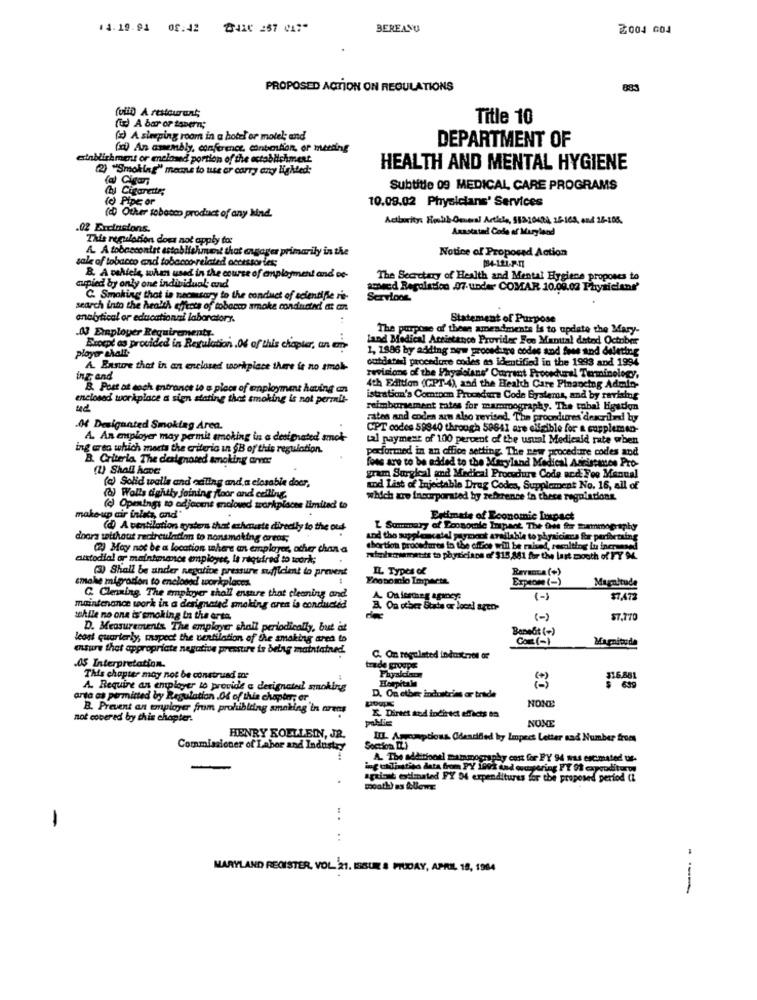
11.19.91 08:42 841( 257 017"
BEREANU
≥004 04
PROPOSED ACTION ON REGULATIONS
883
(olin) A restaurant;
Title 10
(ix) A bar or tabern;
() A sloping room in a hotel or motel; and
DEPARTMENT OF
(x) An amembly, conference. contention, or meeting
einblishment or enclosed portion of the octoblichment
(2) ""Smoking" means to use or carry en lighted:
HEALTH AND MENTAL HYGIENE
(al Cigar
Chy Cigarette;
Subtitle 09 MEDICAL CARE PROGRAMS
(o Pipe or
10.08.02 Physicians' Services
(& Other tobacco product of any kind.
Acıburity: Hrb&-Omeni Article, 51310408, 16-168, and 16-108.
.02 Ercinstons.
Axastatad Code of Maryland
This regulation does not apply to:
A. A tobacconist establishment that engager primarily in the
Notice of Proposed Action
sale of tobacco and tobacco-related accessories;
B. A vehicle, when used in the course of employment and co-
The Secretary of Health and Mental Hygiene proposes to
aurpied by only one individual; and
somed Regulation .07. under COMAR 10.09.02 Physicians'
C. Smoking that is neomsary to the conduct of scientifle ris-
Servicos
search into the health effects of tobacco smoke conducted at an
analytical or educational laboratory.
Statement of Purpose
03 Employer Requirements.
The purpose of these amendments is to update the Mary-
land Medical Attistance Provider For Manttal dated October
ployer ahalt
Except as provided in Regulation.Od of this chapter, an en-
1, 1886 by adding new procedure codes and free and deleting
outdated] procedure codes as identified in the 1993 and 1994
A. Ensure that in an enclosed workplace there is no amol-
ing and
winions of the Physicians' Current Prooshural Terminology,
B. Post at eoch entrance to a pleos of employment having an
4th Edition (CPT-4), and the Health Care Financing Admin-
enclosed workplace a sign stating that smoking is not permil-
istration's Comtoon Procedura Code Systems, and by revising
reimbursement rates for mammography. The tobal ligation
rates and coden aun also revised. The procedures described by
M Designated Smoking Area.
CPT codes 59840 through 59641 are olfaible for a cupplemen-
A. An anployer may permit smoking in a desipated amok
tal payment of 100 percent of the usual Medicaid rate when
ing area which morts the criteria in SB of this regulation.
podformed in an office setting The new procedure codes and
B. Criteria The designated smoking anvar
loss are to be added to the Maryland Medical Adistance Pro-
(1) Shall Acne
(c) Solid walls and odling and a closable door,
gram Surgical and Medical Procedure Code and Fee Manual
wod List of Injectable Drag Codes, Supplement No. 16, all of
(a) Walls tightly joining floor and ceiling
which are incorporated by reference in these regulations.
(c) Openings to odjcome encioved workplaces limitad to
make-up air inles, and"
Estimate of Loonomic Inpact
(d) A ventilation systers that exhauste directly to the oud
L Summary of Donnowle Inspent The this for mammography
doors without recirculadon to nonsmoking areas,
Leskcatel payment available to physicians for perforrain
(2) May not be a location where an employer, other chan a
chortion procedures in the office will be raised, recalting Lu incrumse
alistodia! or maintenance employee, la required to woork;
loyee, la required to woork;
Theplacements to physicians of $15,881 for the last mouth of FY 94.
(3) Shall be ander negative pressure sufficient to prevent
IL Types of
Reraca (+)
smoke migration to enclosed workplace
Yooporlo Impacts
Exptome (-)
Magnitude
G. Cleaning. The employer tholl ensure that cleaning and
A. On festeg agency:
(-)
87,AT2
maintenance work in a designated smoking area is conducted
B. On other State or locr
tehlle no one is smoking in the arta.
(-)
D. Measurements The employer shall periodically, but at
Bone&t (+)
least quarterly, mspect the ventilation of the smoking area to
Com (-)
ensure that appropriate negative pressure is being maintained.
.05 Interpretation.
C. On regulated industriell of
trade groupe
This chapter may not be construed to:
Harpitale
$16.881
A. Require an employer to provide a derignate! smoking
D. On etber industries or trade
$ 639
arta as permitted by Regulation .Od of this chapter; er
NONE
B. Prevent an employer from prohiblding smoking in arens
not covered by this chapter.
E. Direct and indirect efficts in
NONE
HENRY KOELLEIN, JR.
IIL. Amcaptions Cdescified by Impect Letter sad Number from
Commissioner of Labor and Industry
Soction IL.)
A. The additiontl mammography cost for PY 94 was estimated uf-
ing u Tistisn data from PY 100% and ousporing PT 01 expenditures
against estimated PY Of expenditures for the proposed period (L
mouth) as Allewe
:
-
:
MARYLAND REGISTER, VOL 21. ISSUE & PIUDAY, APRIL 18, 1994
---